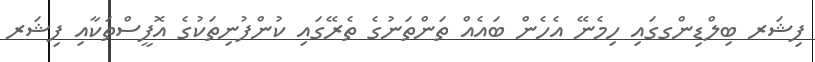
ފިޝަރ ބިލްޑިންގގައި ހިމެނޭ އެހެން ބައެއް ތަންތަނުގެ ތެރޭގައި ކުންފުނިތަކުގެ އޮފީސްތަކާއި ފިޝަރ